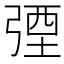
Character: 㢾